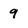
Character: 9